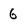
Character: 6